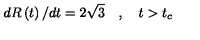
d R \left( t \right) / d t = 2 \sqrt { 3 } \quad , \quad t > t _ { c }